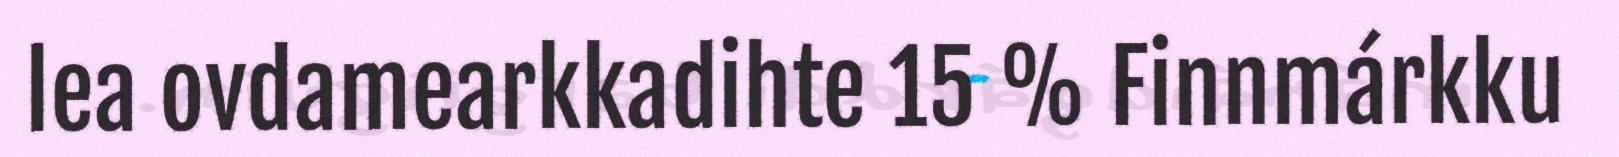
lea ovdamearkkadihte 15 % Finnmárkku